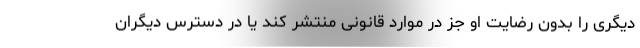
دیگری را بدون رضایت او جز در موارد قانونی منتشر کند یا در دسترس دیگران